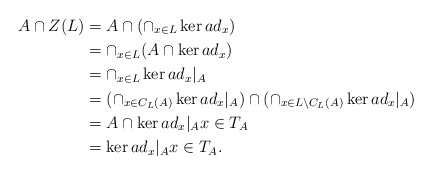
\begin{align*}A\cap Z(L)&= A\cap (\cap_{x\in L} \ker ad_{x})\cr& =\cap_{x\in L} (A \cap \ker ad_{x}) \cr&=\cap_{x\in L} \ker ad_{x}|_{A}\cr&=(\cap_{x\in C_{L}(A)} \ker ad_{x}|_{A})\cap (\cap_{x\in L\setminus C_{L}(A)} \ker ad_{x}|_{A})\cr&=A\cap \ker ad_{x}|_{A}x\in T_{A}\cr&= \ker ad_{x}|_{A} x\in T_{A}.\end{align*}